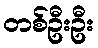
တစ်ဦးဦး